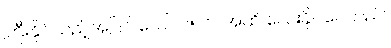
ကြီးနိုင်သည့်အပြင် ပေါင် ၁၅၀၀အထိ လေးနိုင်ပေသည်။